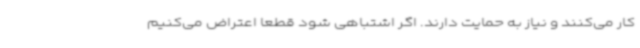
کار می‌کنند و نیاز به حمایت دارند. اگر اشتباهی شود قطعا اعتراض می‌کنیم